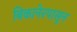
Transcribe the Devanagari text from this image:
बिकानेरपासुन